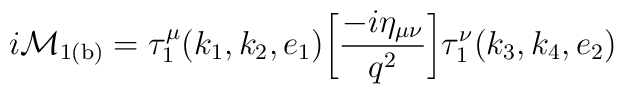
{i \cal M}_{\rm 1(b)} = \tau_1^{\mu}(k_1,k_2,e_1)\bigg[ \frac{-i{\eta}_{\mu\nu}}{q^2}\bigg] \tau_1^{\nu}(k_3,k_4,e_2)